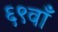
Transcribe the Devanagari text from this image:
६९वाँ